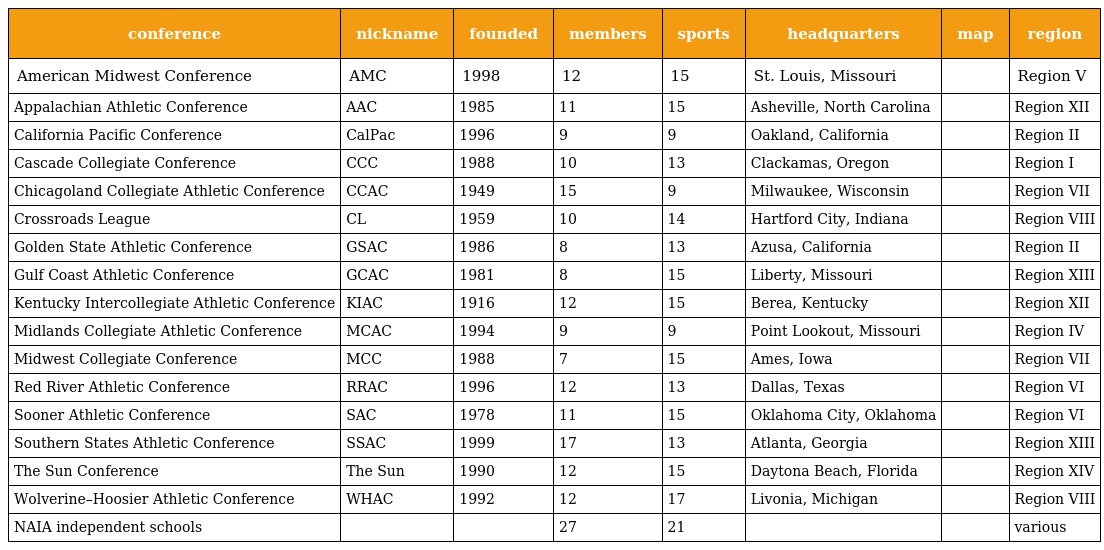
| conference | nickname | founded | members | sports | headquarters | map | region |
 | --- | --- | --- | --- | --- | --- | --- | --- |
 | American Midwest Conference | AMC | 1998 | 12 | 15 | St. Louis, Missouri |  | Region V |
 | Appalachian Athletic Conference | AAC | 1985 | 11 | 15 | Asheville, North Carolina |  | Region XII |
 | California Pacific Conference | CalPac | 1996 | 9 | 9 | Oakland, California |  | Region II |
 | Cascade Collegiate Conference | CCC | 1988 | 10 | 13 | Clackamas, Oregon |  | Region I |
 | Chicagoland Collegiate Athletic Conference | CCAC | 1949 | 15 | 9 | Milwaukee, Wisconsin |  | Region VII |
 | Crossroads League | CL | 1959 | 10 | 14 | Hartford City, Indiana |  | Region VIII |
 | Golden State Athletic Conference | GSAC | 1986 | 8 | 13 | Azusa, California |  | Region II |
 | Gulf Coast Athletic Conference | GCAC | 1981 | 8 | 15 | Liberty, Missouri |  | Region XIII |
 | Kentucky Intercollegiate Athletic Conference | KIAC | 1916 | 12 | 15 | Berea, Kentucky |  | Region XII |
 | Midlands Collegiate Athletic Conference | MCAC | 1994 | 9 | 9 | Point Lookout, Missouri |  | Region IV |
 | Midwest Collegiate Conference | MCC | 1988 | 7 | 15 | Ames, Iowa |  | Region VII |
 | Red River Athletic Conference | RRAC | 1996 | 12 | 13 | Dallas, Texas |  | Region VI |
 | Sooner Athletic Conference | SAC | 1978 | 11 | 15 | Oklahoma City, Oklahoma |  | Region VI |
 | Southern States Athletic Conference | SSAC | 1999 | 17 | 13 | Atlanta, Georgia |  | Region XIII |
 | The Sun Conference | The Sun | 1990 | 12 | 15 | Daytona Beach, Florida |  | Region XIV |
 | Wolverine–Hoosier Athletic Conference | WHAC | 1992 | 12 | 17 | Livonia, Michigan |  | Region VIII |
 | NAIA independent schools |  |  | 27 | 21 |  |  | various |